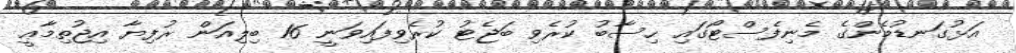
އަޅުގަނޑުމެންގެ މެނިފެސްޓޯގައި ހިސާބު ކުރެވި ބަޖެޓު ކުރެވިފައިވަނީ 16 ބިލިއަން ރުފިޔާ އިޖުތިމާޢީ